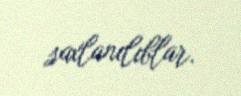
saxlanılıblar.